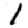
Digit: 1